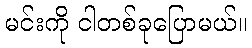
မင်းကို ငါတစ်ခုပြောမယ်။